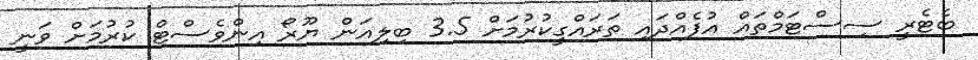
ބެޓެރީ ސިސްޓަމްތައް އުފެއްދައި ތަރައްގީކުރުމަށް 3.5 ބިލިއަން ޔޫރޯ އިންވެސްޓް ކުރުމަށް ވަނީ